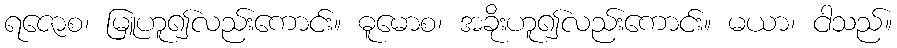
ရဇောစ၊ မြူဟူ၍လည်းကောင်း။ ဓူမောစ၊ အခိုးဟူ၍လည်းကောင်း။ မယာ၊ ငါသည်။